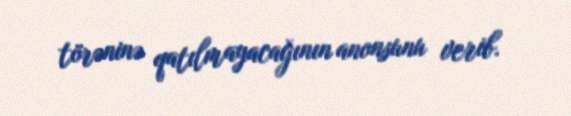
törəninə qatılmayacağının anonsunu verib.